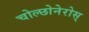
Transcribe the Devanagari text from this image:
चोल्छोनेरोस्